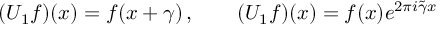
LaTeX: ( U _ { 1 } f ) ( x ) = f ( x + \gamma ) \, , \qquad ( U _ { 1 } f ) ( x ) = f ( x ) e ^ { 2 \pi i \tilde { \gamma } x }